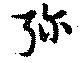
弥